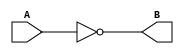
// Created by Jeevaka Dassanayake on 4/07/18.
//   Copyright (c) 2018 Jeevaka Dassanayake.

`timescale 1ns / 1ps

module TestMe( input wire A, output wire B );

	assign B=!A;

endmodule